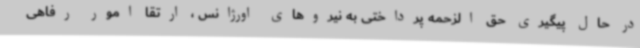
در حال پیگیری حق الزحمه پرداختی به نیروهای اورژانس ، ارتقا امور رفاهی